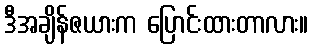
ဒီအချိန်ဇယားက ပြောင်းထားတာလား။